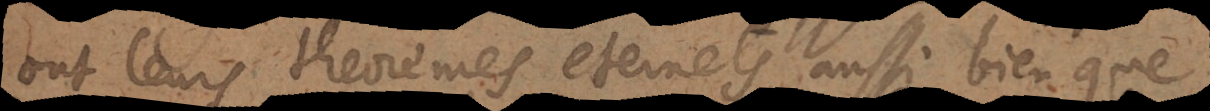
ont leurs theorèmes eternels, aussi bien que